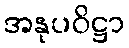
အနုပဝိဋ္ဌာ